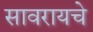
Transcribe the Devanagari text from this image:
सावरायचे